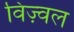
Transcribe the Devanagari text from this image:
विज़्वल